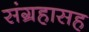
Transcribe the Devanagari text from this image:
संग्रहासह